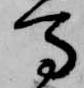
馬